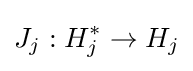
J_{j}:H_{j}^{*}\to H_{j}